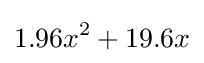
1.96x^{2}+19.6x